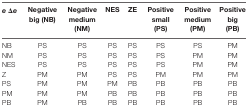
<table><thead><tr><td><b><i>e</i> Δ<i>e</i></b></td><td><b>Negative big (NB)</b></td><td><b>Negative medium (NM)</b></td><td><b>NES</b></td><td><b>ZE</b></td><td><b>Positive small (PS)</b></td><td><b>Positive medium (PM)</b></td><td><b>Positive big (PB)</b></td></tr></thead><tbody><tr><td>NB</td><td>PS</td><td>PS</td><td>PS</td><td>PS</td><td>PS</td><td>PS</td><td>PM</td></tr><tr><td>NM</td><td>PS</td><td>PS</td><td>PS</td><td>PS</td><td>PS</td><td>PM</td><td>PM</td></tr><tr><td>NES</td><td>PS</td><td>PS</td><td>PS</td><td>PS</td><td>PS</td><td>PM</td><td>PM</td></tr><tr><td>Z</td><td>PM</td><td>PM</td><td>PS</td><td>PS</td><td>PM</td><td>PM</td><td>PM</td></tr><tr><td>PS</td><td>PM</td><td>PM</td><td>PM</td><td>PB</td><td>PB</td><td>PB</td><td>PB</td></tr><tr><td>PM</td><td>PM</td><td>PM</td><td>PB</td><td>PB</td><td>PB</td><td>PB</td><td>PB</td></tr><tr><td>PB</td><td>PM</td><td>PB</td><td>PB</td><td>PB</td><td>PB</td><td>PB</td><td>PB</td></tr></tbody></table>